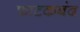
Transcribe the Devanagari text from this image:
फाटकबंद